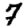
Digit: 7